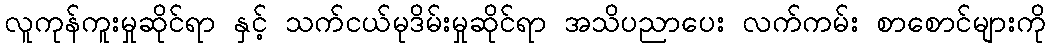
လူကုန်ကူးမှုဆိုင်ရာ နှင့် သက်ငယ်မုဒိမ်းမှုဆိုင်ရာ အသိပညာပေး လက်ကမ်း စာစောင်များကို